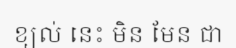
ខ្យល់ នេះ មិន មែន ជា